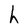
Character: h